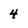
Character: 4